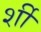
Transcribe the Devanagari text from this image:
र्शी